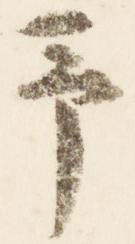
予